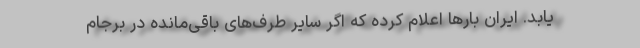
‌یابد. ایران بارها اعلام کرده که اگر سایر طرف‌های باقی‌مانده در برجام